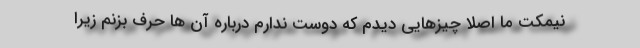
نیمکت ما اصلا چیزهایی دیدم که دوست ندارم درباره آن ها حرف بزنم زیرا